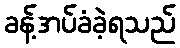
ခန့်အပ်ခံခဲ့ရသည်